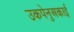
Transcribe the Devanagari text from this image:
उकपेनुअकाई